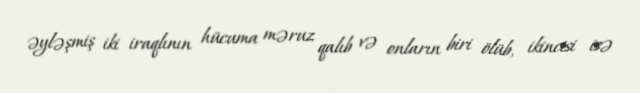
əyləşmiş iki iraqlının hücuma məruz qalıb və onların biri ölüb, ikincisi isə